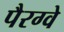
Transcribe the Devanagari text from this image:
पैरग्वे